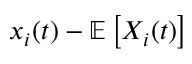
x _ { i } ( t ) - \mathbb { E } \left[ X _ { i } ( t ) \right]